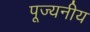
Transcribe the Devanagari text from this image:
पूज्‍यनीय